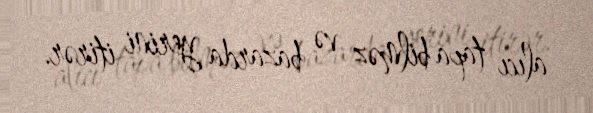
alıcı tapa bilməz və bazarda yerini itirər.